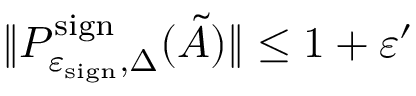
\| P _ { \varepsilon _ { \mathrm { s i g n } } , \Delta } ^ { \mathrm { s i g n } } ( \tilde { A } ) \| \leq 1 + \varepsilon ^ { \prime }